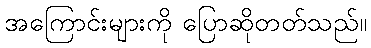
အကြောင်းများကို ပြောဆိုတတ်သည်။